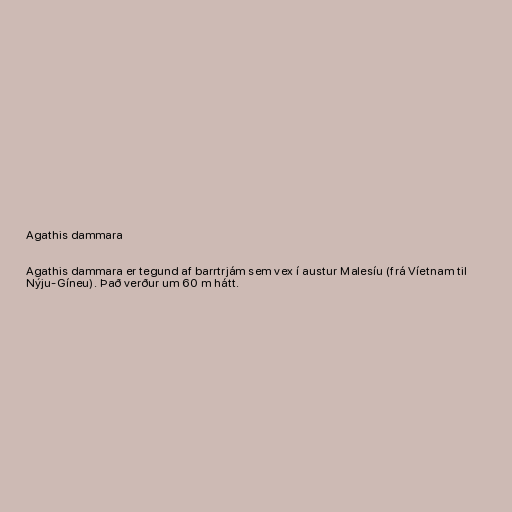
Agathis dammara

Agathis dammara er tegund af barrtrjám sem vex í austur Malesíu (frá Víetnam til
Nýju-Gíneu). Það verður um 60 m hátt.